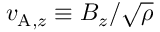
v _ { \mathrm { A } , z } \equiv B _ { z } / \sqrt { \rho }